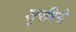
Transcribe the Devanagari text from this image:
शूषमिन्द्रे